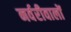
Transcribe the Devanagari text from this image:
नर्वरीवालों